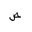
Letter: _sad